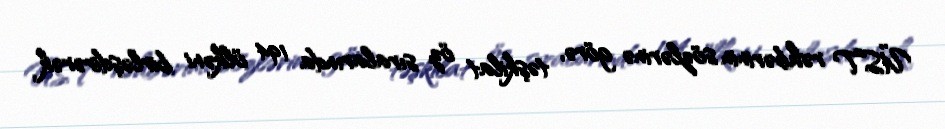
ÜST rəhbərinin sözlərinə görə, təşkilat öz sıralarında 194 ölkəni birləşdirərək